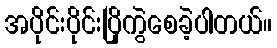
အပိုင်းပိုင်းပြိုကွဲစေခဲ့ပါတယ်။